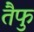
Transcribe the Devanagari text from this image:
तैफु